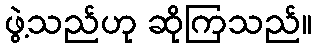
ဖွဲ့သည်ဟု ဆိုကြသည်။